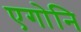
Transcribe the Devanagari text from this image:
एगोनि